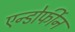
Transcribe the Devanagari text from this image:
एन्डोर्फीन